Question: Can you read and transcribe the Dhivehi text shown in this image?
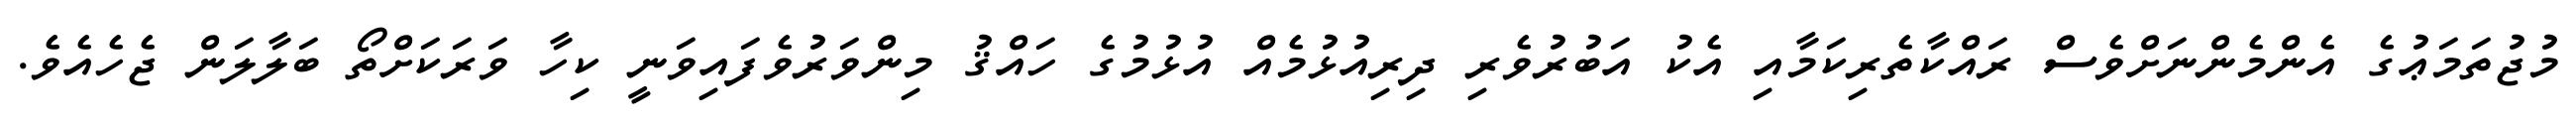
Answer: މުޖުތަމަޢުގެ އެންމެންނަށްވެސް ރައްކާތެރިކަމާއި އެކު އަބުރުވެރި ދިރިއުޅުމެއް އުޅުމުގެ ހައްޤު މިންވަރުވެފައިވަނީ ކިހާ ވަރަކަށްތޯ ބަލާލަން ޖެހެއެވެ.